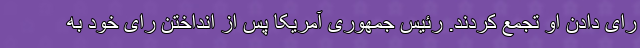
رای دادن او تجمع کردند. رئیس جمهوری آمریکا پس از انداختن رای خود به